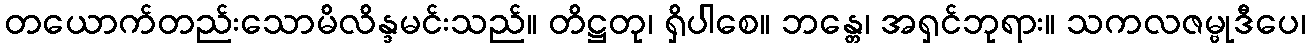
တယောက်တည်းသောမိလိန္ဒမင်းသည်။ တိဋ္ဌတု၊ ရှိပါစေ။ ဘန္တေ၊ အရှင်ဘုရား။ သကလဇမ္ဗုဒီပေ၊